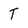
Character: T